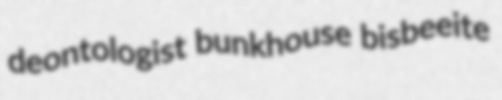
deontologist bunkhouse bisbeeite